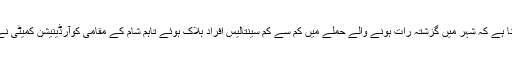
سیئرئن آبزرویٹری فار ہیومن رائٹس کا کہنا ہے کہ شہر میں گزشتہ رات ہونے والے حملے میں کم سے کم سینتالیس افراد ہلاک ہوئے تاہم شام کے مقامی کوآرڈینیشن کمیٹی نے مرنے والوں کی تعداد پینتالیس بتائی ہے۔